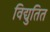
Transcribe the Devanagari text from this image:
विद्युतित